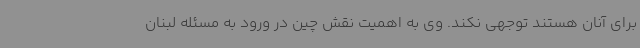
برای آنان هستند توجهی نکند. وی به اهمیت نقش چین در ورود به مسئله لبنان